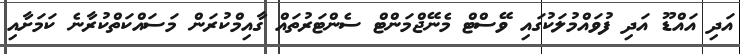
އަދި އައްޑޫ އަދި ފުވައްމުލަކުގައި ވޭސްޓް މެނޭޖްމަންޓް ސެންޓަރުތައް ގާއިމްކުރަން މަސައްކަތްކުރާނެ ކަމަށާއި